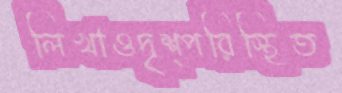
লিখাওদৃশ্পরিস্থিত